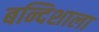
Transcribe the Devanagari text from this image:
बन्दिशाला